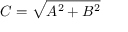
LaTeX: C = { \sqrt { A ^ { 2 } + B ^ { 2 } } } \quad \quad { }